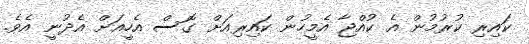
ކައިރި ކުރުމުން އެ ކުއްޖާ އެމީހުން ކައިރިއަށް ގޮސް އެހީއަށް އެދުނީ އެވެ.